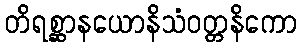
တိရစ္ဆာနယောနိသံဝတ္တနိကော